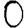
Digit: 0